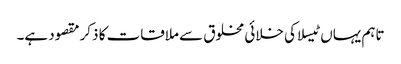
تاہم یہاں ٹیسلا کی خلائی مخلوق سے ملاقات کا ذکر مقصود ہے۔